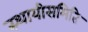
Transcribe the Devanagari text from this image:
स्थायीसमिति